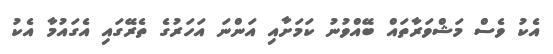
އެކު ވެސް މަޝްވަރާތައް ބޭއްވުނު ކަމަށާއި އަންނަ އަހަރުގެ ތެރޭގައި އެގައުމާ އެކު